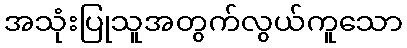
အသုံးပြုသူအတွက်လွယ်ကူသော